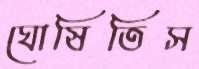
ঘোষিতিস